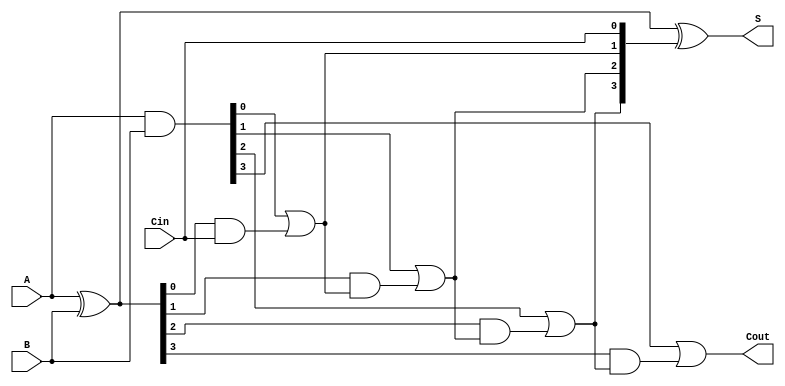
module CarryLookaheadAdder (
    input  [3:0] A,      // 4-bit input A
    input  [3:0] B,      // 4-bit input B
    input        Cin,     // Carry-in
    output [3:0] S,      // 4-bit Sum output
    output       Cout     // Carry-out
);

    // Generate and Propagate signals
    wire [3:0] G; // Generate signals
    wire [3:0] P; // Propagate signals
    wire [4:0] C; // Carry signals

    // Generate and Propagate calculations
    assign G = A & B;        // Gi = Ai AND Bi
    assign P = A ^ B;        // Pi = Ai XOR Bi

    // Carry calculations
    assign C[0] = Cin;       // C0 = Cin
    assign C[1] = G[0] | (P[0] & C[0]); // C1
    assign C[2] = G[1] | (P[1] & C[1]); // C2
    assign C[3] = G[2] | (P[2] & C[2]); // C3
    assign C[4] = G[3] | (P[3] & C[3]); // C4 (Cout)

    // Sum calculation
    assign S = P ^ {C[3:0]}; // Si = Pi XOR Ci

    // Carry-out
    assign Cout = C[4];     // Final Cout

endmodule